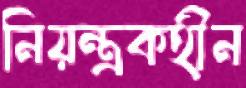
নিয়ন্ত্রকহীন